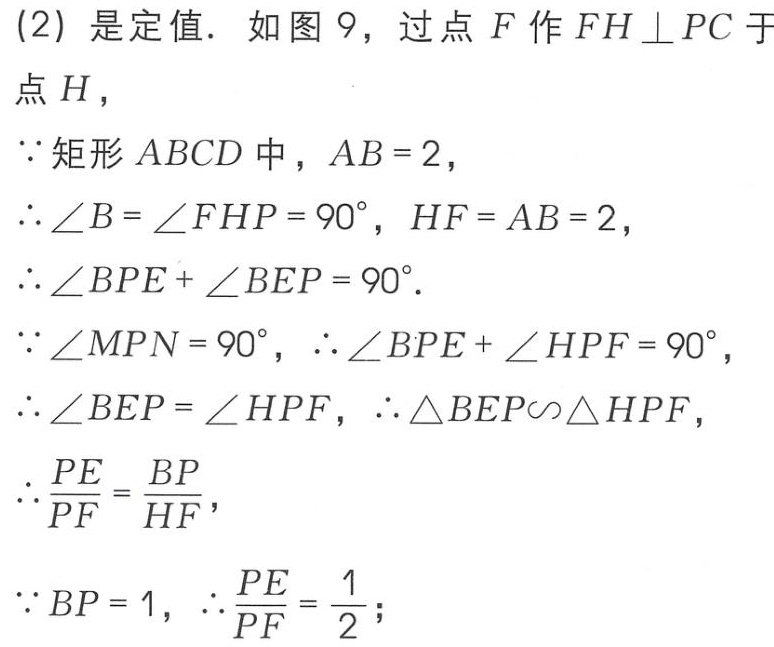
(2) 是定值. 如图 9, 过点 \(F\) 作 \(FH\perp PC\) 于点 \(H\),
\(\because\) 矩形 \(ABCD\) 中, \(AB = 2\),
\(\therefore\angle B=\angle FHP = 90^{\circ}, HF = AB = 2\),
\(\therefore\angle BPE+\angle BEP = 90^{\circ}\).
\(\because\angle MPN = 90^{\circ}, \therefore\angle BPE+\angle HPF = 90^{\circ}\),
\(\therefore\angle BEP=\angle HPF, \therefore\triangle BEP\sim\triangle HPF\),
\(\therefore\frac{PE}{PF}=\frac{BP}{HF}\),
\(\because BP = 1, \therefore\frac{PE}{PF}=\frac{1}{2}\);